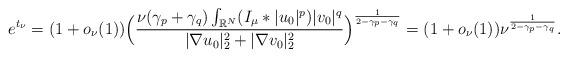
LaTeX: \begin{align*}e^{t_\nu}=(1+o_\nu(1))\Bigl(\frac{\nu(\gamma_p+\gamma_q)\int_{\mathbb{R}^N}(I_\mu*|u_0|^{p})|v_0|^{q}}{|\nabla u_0|^2_2+|\nabla v_0|^2_2}\Bigr)^{\frac{1}{2-\gamma_p-\gamma_q}}=(1+o_\nu(1))\nu^{\frac{1}{2-\gamma_p-\gamma_q}}.\end{align*}